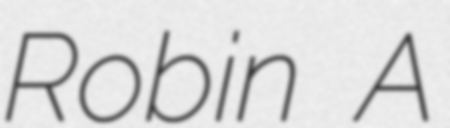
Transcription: Robin A